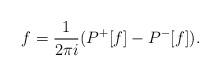
LaTeX: \begin{align*}f= \frac{1}{2\pi i} (P^+[f] - P^-[f]).\end{align*}